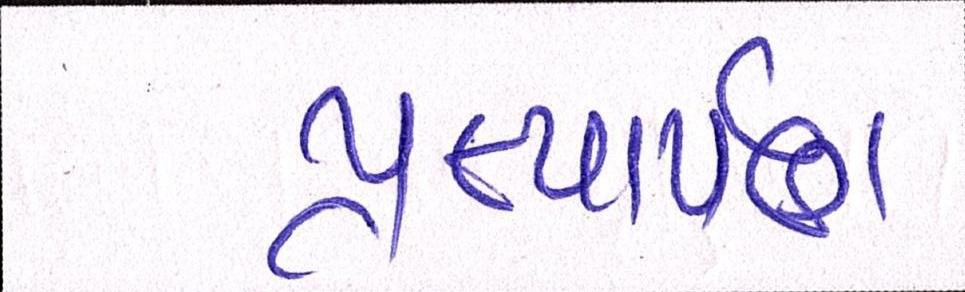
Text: પ્રત્યાર્પણ